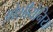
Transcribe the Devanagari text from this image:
ओशीयेनिया